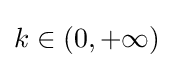
k\in (0,+\infty )